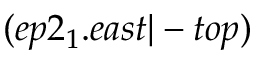
( e p 2 _ { 1 } . e a s t | - t o p )